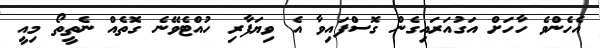
އެހެންވެ ހާހަށް އަގުއަރައިގެން ގޮސްފައިވާ އެ ވިޔަފާރި ހުއްޓެވޭނެ ގޮތެއް ނެތީތޯ މިއީ